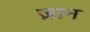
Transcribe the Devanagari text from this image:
ज़ान